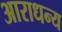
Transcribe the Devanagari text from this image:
आराधन्य